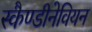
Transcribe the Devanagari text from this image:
स्कैण्डीनेवियन